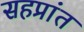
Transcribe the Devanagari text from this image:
सहप्रांत